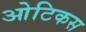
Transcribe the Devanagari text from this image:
ओटिकस